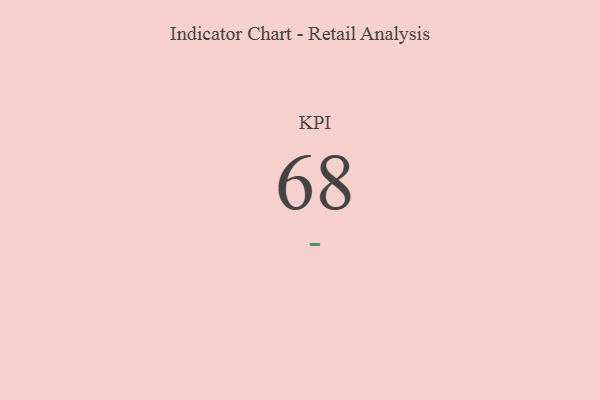
{"axis": {"x": "KPI", "y": "Value"}, "legend": [""], "data": [{"x": "KPI", "y": 68, "type": ""}]}